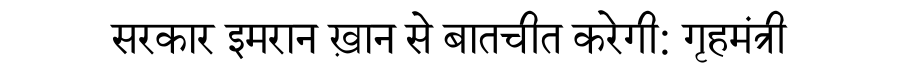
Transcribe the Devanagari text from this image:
सरकार इमरान ख़ान से बातचीत करेगी: गृहमंत्री